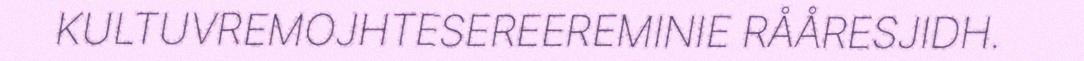
KULTUVREMOJHTESEREEREMINIE RÅÅRESJIDH.